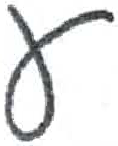
אות: ע